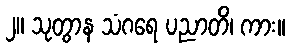
၂။ သုတွာန သံဂရေ ပညာတိ၊ ကား။